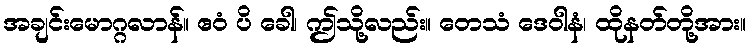
အချင်းမောဂ္ဂလာန်။ ဧဝံ ပိ ခေါ၊ ဤသို့လည်း။ တေသံ ဒေဝါနံ၊ ထိုနတ်တို့အား။